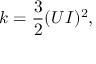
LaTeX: k = { \frac { 3 } { 2 } } ( U I ) ^ { 2 } ,